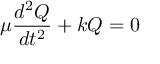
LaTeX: \mu { \frac { d ^ { 2 } Q } { d t ^ { 2 } } } + k Q = 0